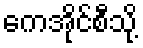
ကေအိုင်စီသို့